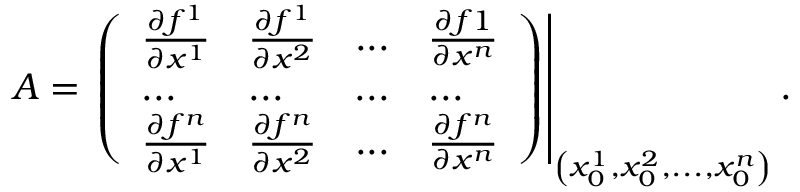
A = \left. \left( \begin{array} { l l l l } { \frac { \partial f ^ { 1 } } { \partial x ^ { 1 } } } & { \frac { \partial f ^ { 1 } } { \partial x ^ { 2 } } } & { . . . } & { \frac { \partial f 1 } { \partial x ^ { n } } } \\ { . . . } & { . . . } & { . . . } & { . . . } \\ { \frac { \partial f ^ { n } } { \partial x ^ { 1 } } } & { \frac { \partial f ^ { n } } { \partial x ^ { 2 } } } & { . . . } & { \frac { \partial f ^ { n } } { \partial x ^ { n } } } \end{array} \right) \right\vert _ { \left( x _ { 0 } ^ { 1 } , x _ { 0 } ^ { 2 } , . . . , x _ { 0 } ^ { n } \right) } .